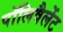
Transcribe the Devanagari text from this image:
पॉलिवैलेंट